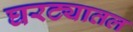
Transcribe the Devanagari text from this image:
घरट्यातल